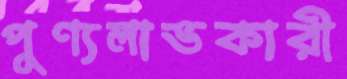
পুণ্যলাভকারী